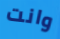
وانت